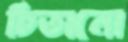
চিতানো